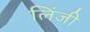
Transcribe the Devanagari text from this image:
लिंजी